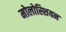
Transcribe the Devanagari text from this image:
मोलोस्शियन